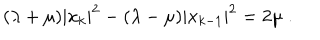
( \lambda + \mu ) | x _ { k } | ^ { 2 } - ( \lambda - \mu ) | x _ { k - 1 } | ^ { 2 } = 2 \mu \; .